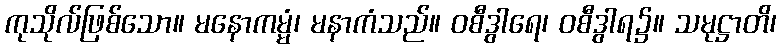
ကုသိုလ်ဖြစ်သော။ မနောကမ္မံ၊ မနာကံသည်။ ဝစီဒွါရေ၊ ဝစီဒွါရ၌။ သမုဋ္ဌာတိ၊